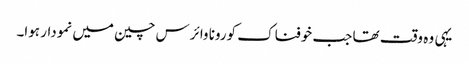
یہی وہ وقت تھا جب خوفناک کورونا وائرس چین میں نمودار ہوا۔